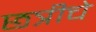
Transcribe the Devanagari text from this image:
छत्रीचे